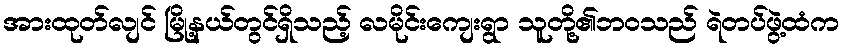
အားထုတ်လျင် မြို့နယ်တွင်ရှိသည့် လမိုင်းကျေးရွာ သူတို့၏ဘဝသည် ရဲတပ်ဖွဲ့ထံက